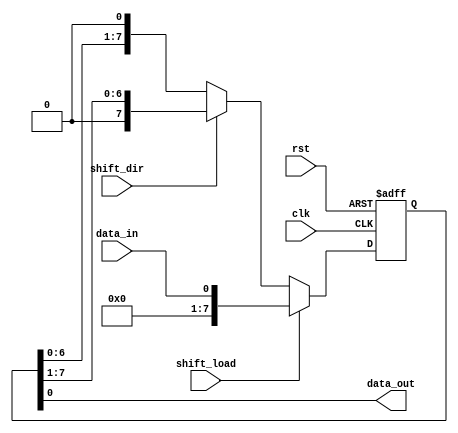
module universal_shift_register(
    input wire clk,
    input wire rst,
    input wire shift_dir,
    input wire shift_load,

    input wire data_in,
    output reg data_out
);

reg [7:0] shift_reg;

always @(posedge clk or posedge rst) begin
    if(rst) begin
        shift_reg <= 8'b0;
    end else if(shift_load) begin
        shift_reg <= data_in;
    end else begin
        if(shift_dir) begin
            shift_reg <= {1'b0, shift_reg[7:1]};
        end else begin
            shift_reg <= {shift_reg[6:0], 1'b0};
        end
    end
end

assign data_out = shift_reg[0];

endmodule